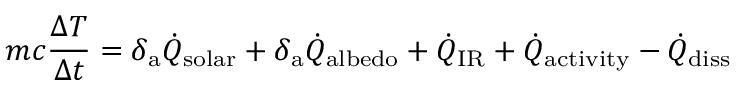
m c \frac { \Delta T } { \Delta t } = \delta _ { \mathrm { a } } \dot { Q } _ { \mathrm { s o l a r } } + \delta _ { \mathrm { a } } \dot { Q } _ { \mathrm { a l b e d o } } + \dot { Q } _ { \mathrm { I R } } + \dot { Q } _ { \mathrm { a c t i v i t y } } - \dot { Q } _ { \mathrm { d i s s } }